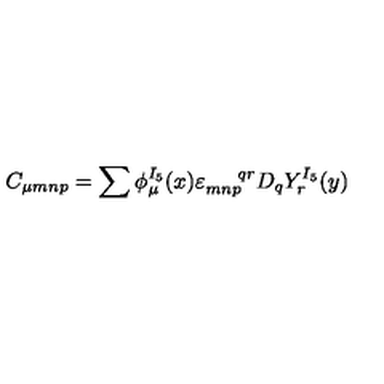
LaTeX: C _ { \mu m n p } = \sum \phi _ { \mu } ^ { I _ { 5 } } ( x ) \varepsilon _ { m n p } ^ { \: \: \: \: \: \: \: \: q r } D _ { q } Y _ { r } ^ { I _ { 5 } } ( y )